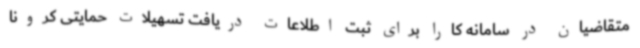
متقاضیان در سامانه کارا برای ثبت اطلاعات دریافت تسهیلات حمایتی کرونا